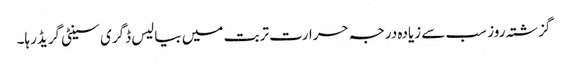
گزشتہ روز سب سے زیادہ درجہ حرارت تربت میں بیالیس ڈگری سینٹی گریڈرہا۔